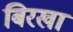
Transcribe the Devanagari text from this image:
बिरखा